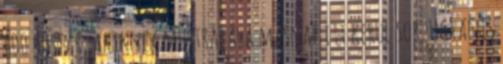
600 huszár, akiknek mustrájára másnap itt kerül sor. Ugyanis